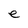
Character: e